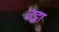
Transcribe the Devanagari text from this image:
उट्ठा